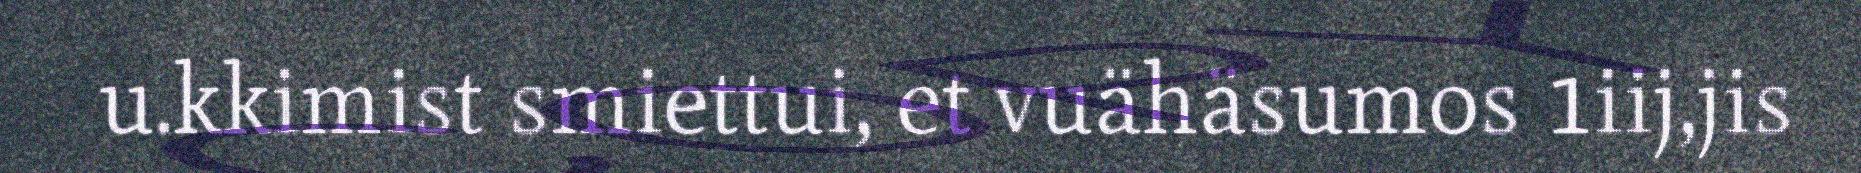
u.kkimist smiettui, et vuähäsumos 1iij,jis